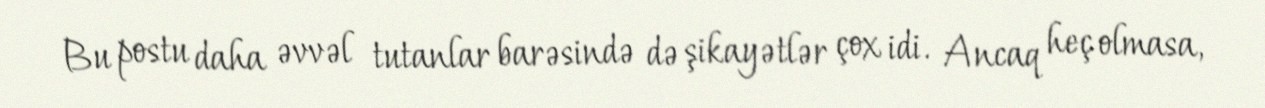
Bu postu daha əvvəl tutanlar barəsində də şikayətlər çox idi. Ancaq heç olmasa,